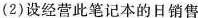
(2)设经营此笔记本的日销售